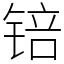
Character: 锫